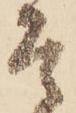
そ